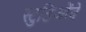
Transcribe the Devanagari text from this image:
स्टुडिओंचे